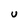
Character: U